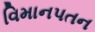
વિમાનપતન